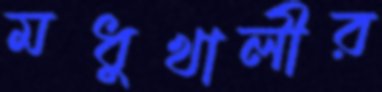
মধুখালীর